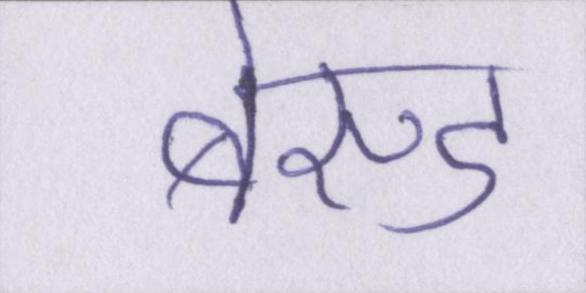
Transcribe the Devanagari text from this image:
बेस्ड